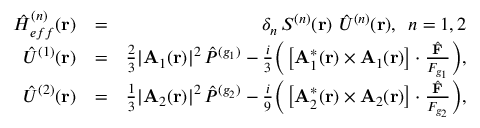
\begin{array} { r l r } { { \hat { H } } _ { e f f } ^ { ( n ) } ( { \bf r } ) } & { = } & { \delta _ { n } \, S ^ { ( n ) } ( { \bf r } ) \, \, { \hat { U } } ^ { ( n ) } ( { \bf r } ) , \, \, \, n = 1 , 2 } \\ { { \hat { U } } ^ { ( 1 ) } ( { \bf r } ) } & { = } & { \frac { 2 } { 3 } | { \bf A } _ { 1 } ( { \bf r } ) | ^ { 2 } \, { \hat { P } } ^ { ( g _ { 1 } ) } - \frac { i } { 3 } \bigg ( \left[ { \bf A } _ { 1 } ^ { * } ( { \bf r } ) \times { \bf A } _ { 1 } ( { \bf r } ) \right] \cdot \frac { \hat { \bf F } } { F _ { g _ { 1 } } } \bigg ) , } \\ { { \hat { U } } ^ { ( 2 ) } ( { \bf r } ) } & { = } & { \frac { 1 } { 3 } | { \bf A } _ { 2 } ( { \bf r } ) | ^ { 2 } \, { \hat { P } } ^ { ( g _ { 2 } ) } - \frac { i } { 9 } \bigg ( \left[ { \bf A } _ { 2 } ^ { * } ( { \bf r } ) \times { \bf A } _ { 2 } ( { \bf r } ) \right] \cdot \frac { { \hat { \bf F } } } { F _ { g _ { 2 } } } \bigg ) , } \end{array}